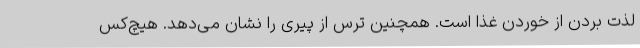
لذت بردن از خوردن غذا است. همچنین ترس از پیری را نشان می‌دهد. هیچ‌کس